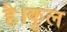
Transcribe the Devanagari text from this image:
है।कुल